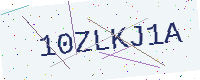
Text: 10ZLKJ1A